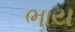
ભાય